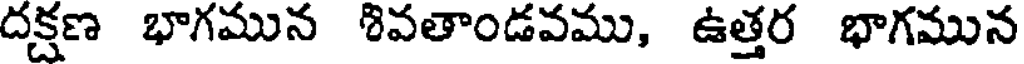
దక్షణ భాగమున శివతాండవము, ఉత్తర భాగమున